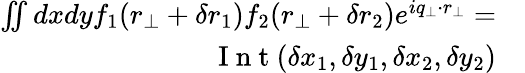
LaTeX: \begin{array}{rl}{\iint_{\mathbb{}}dxdyf_{1}(r_{\perp}+\delta r_{1})f_{2}(r_{\perp}+\delta r_{2})e^{iq_{\perp}\cdot r_{\perp}}=}&{{}}\\ {\mathrm{~I~n~t~}(\delta x_{1},\delta y_{1},\delta x_{2},\delta y_{2})}\end{array}